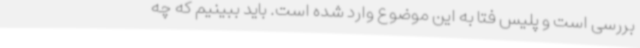
بررسی است و پلیس فتا به این موضوع وارد شده است. باید ببینیم که چه